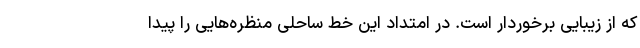
که از زیبایی برخوردار است. در امتداد این خط ساحلی منظره‌هایی را پیدا